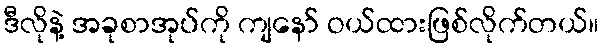
ဒီလိုနဲ့ အခုစာအုပ်ကို ကျနော် ဝယ်ထားဖြစ်လိုက်တယ်။